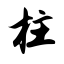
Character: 柱